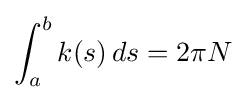
\int _{a}^{b}k(s)\,ds=2\pi N